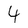
Character: 4